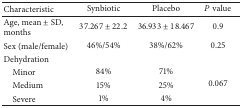
| Characteristic | Synbiotic | Placebo | P value |
 | --- | --- | --- | --- |
 | Age, mean ± SD, months | 37.267 ± 22.2 | 36.933 ± 18.467 | 0.9 |
 | Sex (male/female) | 46%/54% | 38%/62% | 0.25 |
 | Dehydration |  |  |  |
 | Minor | 84% | 71% | <ROWSPAN=3> 0.067 |
 | Medium | 15% | 25% |
 | Severe | 1% | 4% |